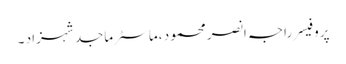
پروفیسر راجہ انصر محمود ،ماسٹر ماجد شہزاد ۔